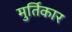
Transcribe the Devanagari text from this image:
मुर्तिकार